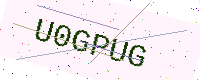
Text: U0GPUG